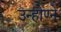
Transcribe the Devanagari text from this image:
उन्होण्ने